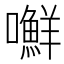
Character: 𰉉